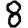
Digit: 8